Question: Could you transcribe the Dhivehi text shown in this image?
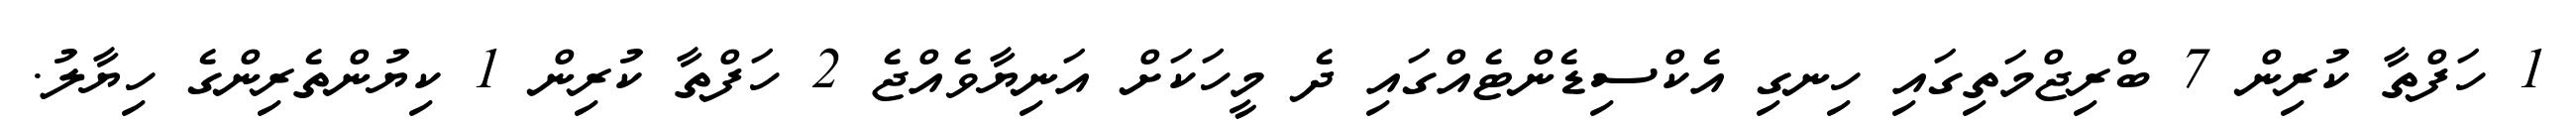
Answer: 1 ހަފްތާ ކުރިން 7 ބްރިޖްމަތިގައި ހިނގި އެކްސިޑެންޓެއްގައި ދެ މީހަކަށް އަނިޔާވެއްޖެ 2 ހަފްތާ ކުރިން 1 ކިޔުންތެރިންގެ ހިޔާލު.